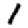
Digit: 1